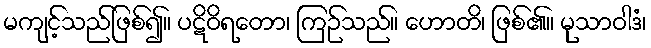
မကျင့်သည်ဖြစ်၍။ ပဋိဝိရတော၊ ကြဉ်သည်။ ဟောတိ၊ ဖြစ်၏။ မုသာဝါဒံ၊